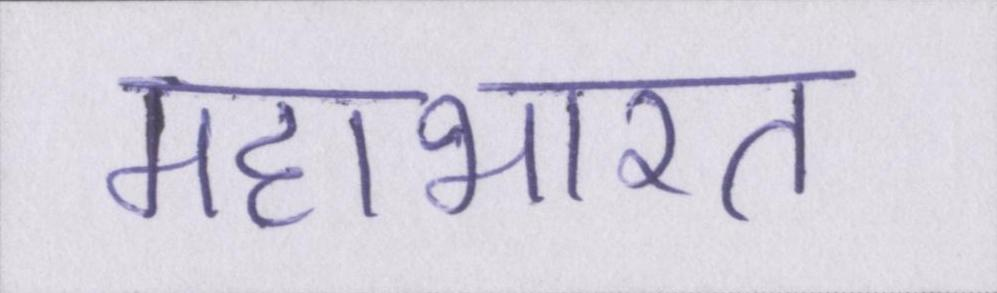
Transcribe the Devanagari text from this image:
महाभारत